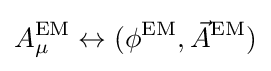
A_{\mu }^{\text{EM}}\leftrightarrow (\phi ^{\text{EM}},{\vec {A}}{}^{\text{EM}})